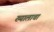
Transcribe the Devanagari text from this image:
ख्यालाचा